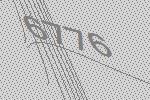
6776